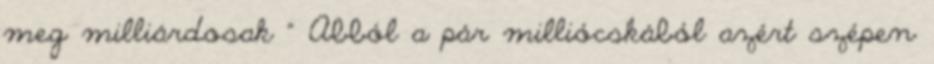
meg milliárdosak " Abból a pár milliócskából azért szépen